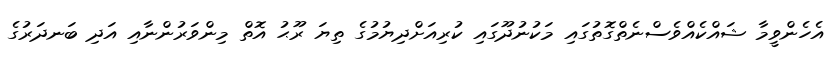
އެހެންވީމާ ޝައްކެއްވެސްނެތްގޮތުގައި މަކުނުދޫގައި ކުރިއަށްދިޔުމުގެ ތިޔަ ރޫޙު އޮތް މިންވަރުންނާއި އަދި ބަނދަރުގެ